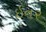
ઇનર